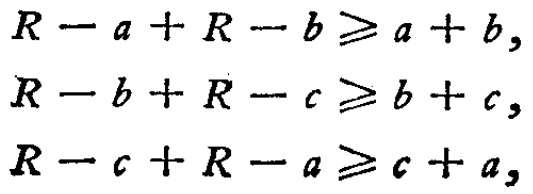
\begin{align*}
R - a + R - b &\geqslant a + b,\\
R - b + R - c &\geqslant b + c,\\
R - c + R - a &\geqslant c + a,
\end{align*}